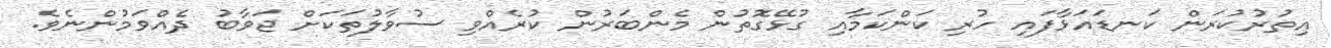
އިތުރުކުރަން ކަނޑައަޅާފައި ހުރި ކަންކަމާއި ގުޅޭގޮތުން މެންބަރުން ކުރެއްވި ސުވާލުތަކަށް ޖަވާބު ދެއްވަމުންނެވެ.